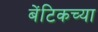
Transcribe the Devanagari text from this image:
बेंटिकच्या